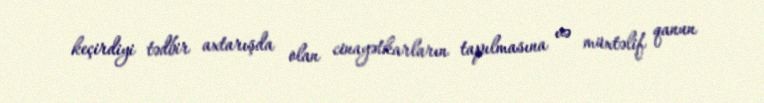
keçirdiyi tədbir axtarışda olan cinayətkarların tapılmasına və müxtəlif qanun